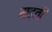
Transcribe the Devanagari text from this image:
मढ़ती